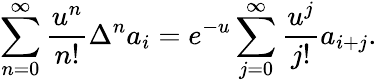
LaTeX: \sum_{n=0}^{\infty}{\frac{u^{n}}{n!}}\Delta^{n}a_{i}=e^{-u}\sum_{j=0}^{\infty}{\frac{u^{j}}{j!}}a_{i+j}.